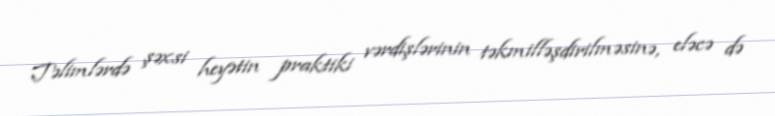
Təlimlərdə şəxsi heyətin praktiki vərdişlərinin təkmilləşdirilməsinə, eləcə də